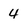
Character: 4